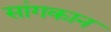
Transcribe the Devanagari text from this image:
सांगकान